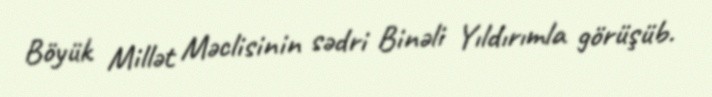
Böyük Millət Məclisinin sədri Binəli Yıldırımla görüşüb.